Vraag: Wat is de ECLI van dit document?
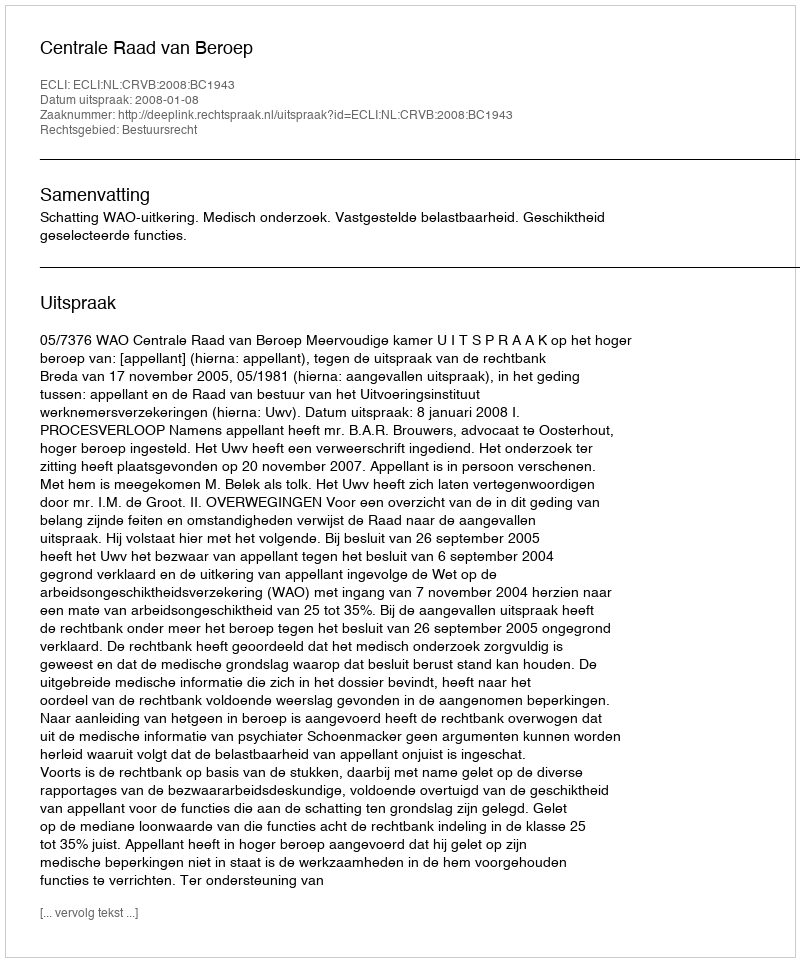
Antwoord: ECLI:NL:CRVB:2008:BC1943